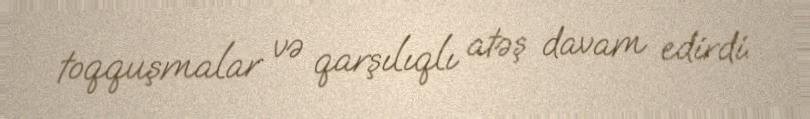
toqquşmalar və qarşılıqlı atəş davam edirdi.